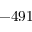
- 4 9 1